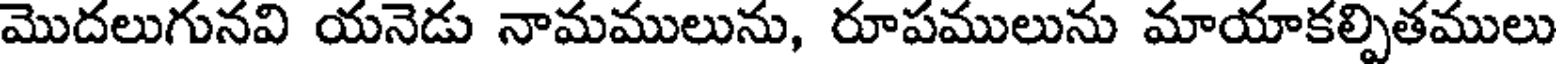
మొదలుగునవి యనెడు నామములును, రూపములును మాయాకల్పితములు